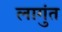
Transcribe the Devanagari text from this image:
लागुंत